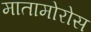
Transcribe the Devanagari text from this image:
मातामोरोस